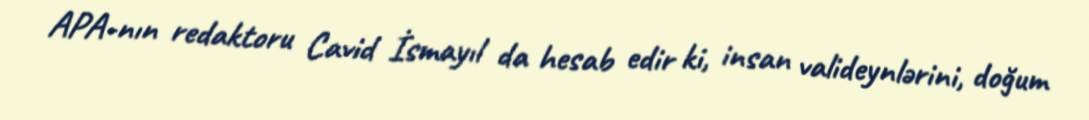
APA-nın redaktoru Cavid İsmayıl da hesab edir ki, insan valideynlərini, doğum